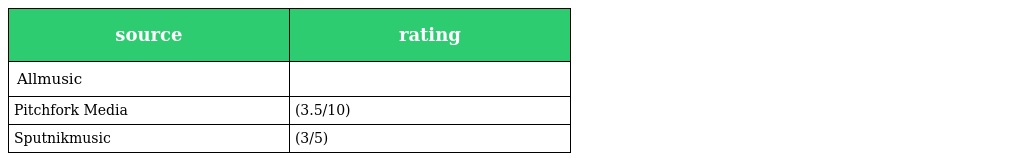
| source | rating |
 | --- | --- |
 | Allmusic |  |
 | Pitchfork Media | (3.5/10) |
 | Sputnikmusic | (3/5) |